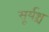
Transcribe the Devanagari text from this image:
सूर्यश्च